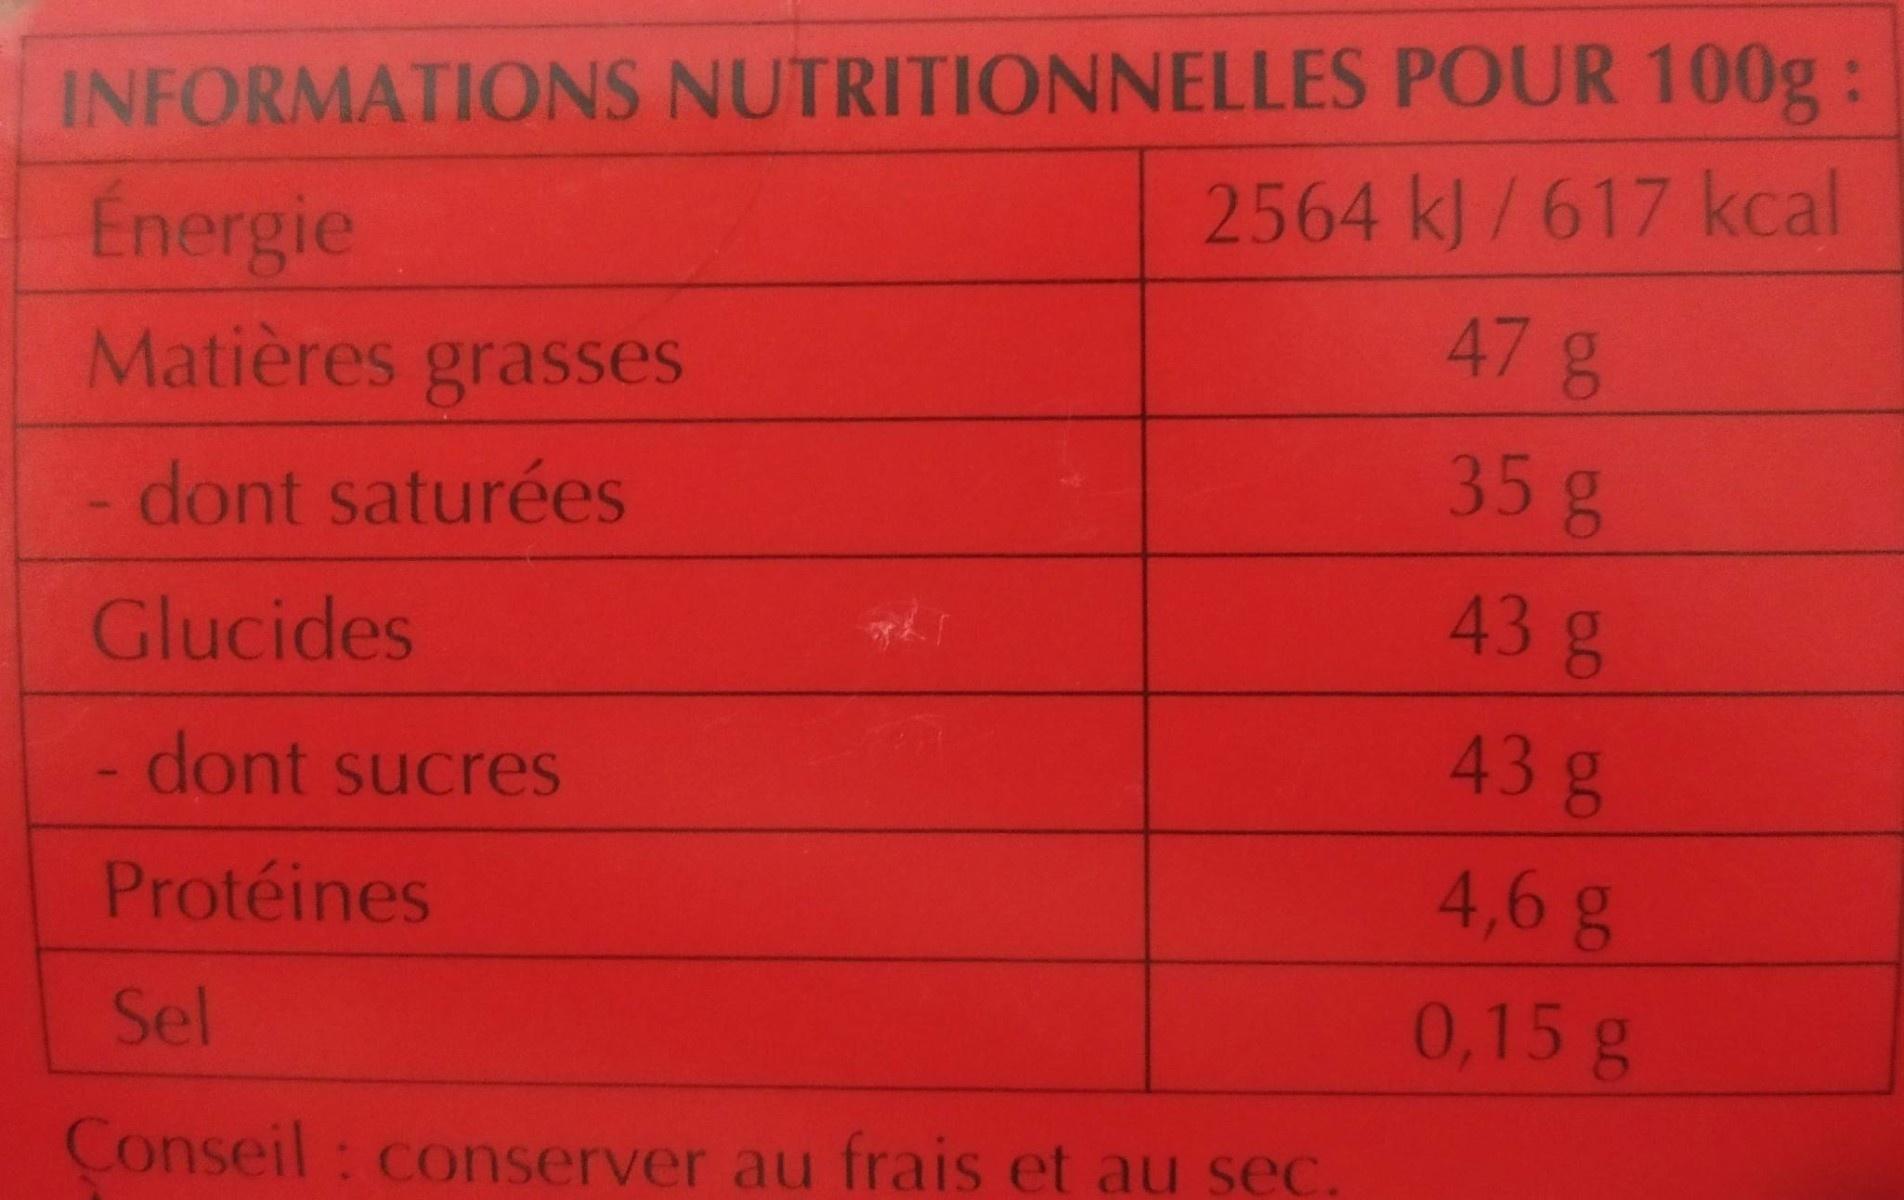
INFORMATIONS NUTRITIONNELLES POUR 100g : 2564 kJ /617 kcal Energie 47g Matières grasses 35g - dont saturées 43g Glucides 43g - dont sucres 4,6g Protéines 0,15 g Sel Conseil : conserver au frais et au sec.